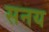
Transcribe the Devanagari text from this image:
सनय